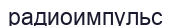
радиоимпульс